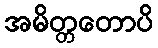
အမိတ္တတောပိ